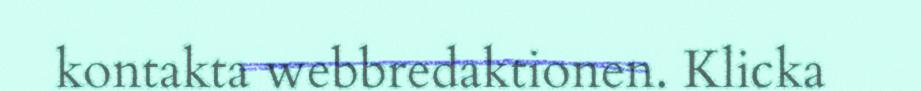
kontakta webbredaktionen. Klicka